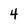
Character: 4